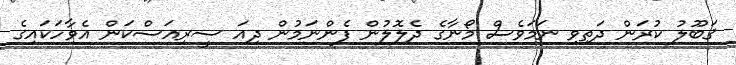
ޤަބޫލު ކުރަން ދަތިވި ނަމަވެސް މޯނާގެ ދެލޮލުން ފެންނަމުން ދިއަ ސީރިއަސްކަން އެވާހަކައިގެ